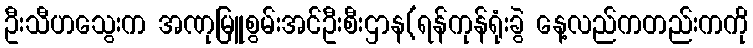
ဦးသီဟသွေးက အဏုမြူစွမ်းအင်ဦးစီးဌာန(ရန်ကုန်ရုံးခွဲ နေ့လည်ကတည်းကကို